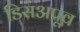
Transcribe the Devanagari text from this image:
डिसअप्रूव